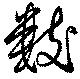
數